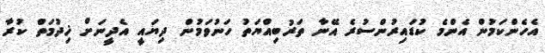
އެހެންކަމުން އެންމެ ކުޑައިރުންސުރެ އޭނާ ތަރުބިއްޔަތު ހަނުވަމުން ދިޔައީ އެދީނަށް ޚިދުމަތް ކުރާ